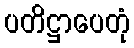
ပတိဋ္ဌာပေတုံ